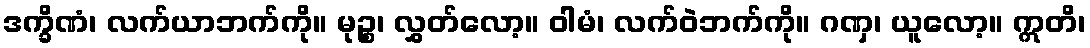
ဒက္ခိဏံ၊ လက်ယာဘက်ကို။ မုဉ္စ၊ လွှတ်လော့။ ဝါမံ၊ လက်ဝဲဘက်ကို။ ဂဏှ၊ ယူလော့။ ဣတိ၊